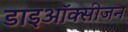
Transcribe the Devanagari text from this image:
डाइऑक्सीजन